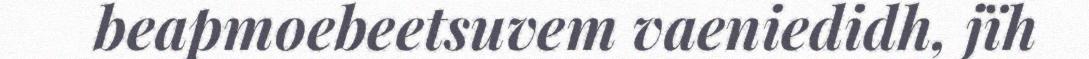
beapmoebeetsuvem vaeniedidh, jïh